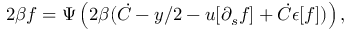
2 \beta f = \Psi \left( 2 \beta ( \dot { C } - y / 2 - u [ \partial _ { s } f ] + \dot { C } \epsilon [ f ] ) \right) ,